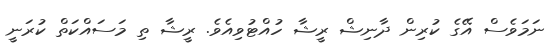
ނަމަވެސް އޭގެ ކުރިން ދާނިޝް ރީޝާ ހުއްޓުވިއެވެ. ރީޝާ ތި މަސައްކަތް ކުރަނީ